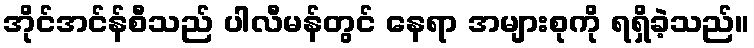
အိုင်အင်န်စီသည် ပါလီမန်တွင် နေရာ အများစုကို ရရှိခဲ့သည်။